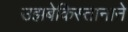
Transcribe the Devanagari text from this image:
उझबेकिस्तानाने